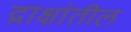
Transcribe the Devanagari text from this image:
द्राक्षांतील